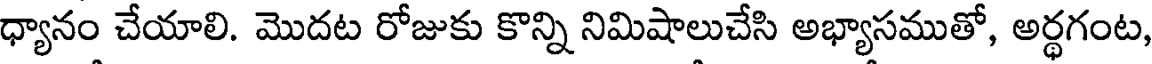
ధ్యానం చేయాలి. మొదట రోజుకు కొన్ని నిమిషాలుచేసి అభ్యాసముతో, అర్థగంట,